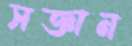
সজ্ঞান